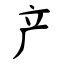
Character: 产